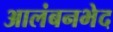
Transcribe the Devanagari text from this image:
आलंबनभेद